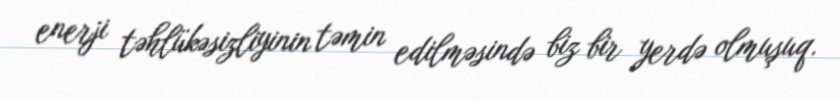
enerji təhlükəsizliyinin təmin edilməsində biz bir yerdə olmuşuq.